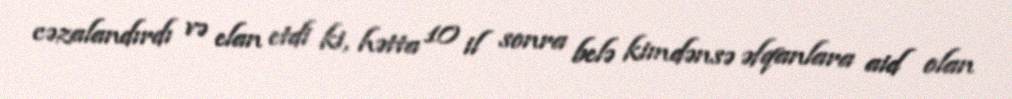
cəzalandırdı və elan etdi ki, hətta 10 il sonra belə kimdənsə əfqanlara aid olan